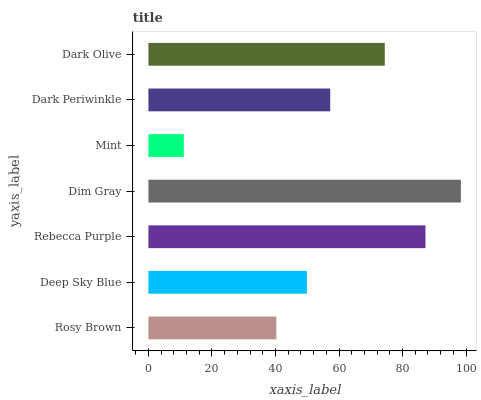
| yaxis_label | bars |
 | --- | --- |
 | Rosy Brown | 40.3 |
 | Deep Sky Blue | 49.9 |
 | Rebecca Purple | 87.2 |
 | Dim Gray | 98.4 |
 | Mint | 11.1 |
 | Dark Periwinkle | 57.2 |
 | Dark Olive | 74.4 |